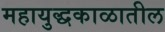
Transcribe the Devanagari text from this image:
महायुद्धकाळातील